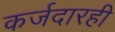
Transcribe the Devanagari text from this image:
कर्जदारही